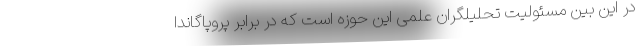
در این بین مسئولیت تحلیلگران علمی این حوزه است که در برابر پروپاگاندا